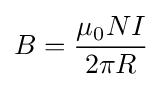
B={\frac {\mu _{0}NI}{2\pi R}}